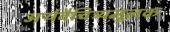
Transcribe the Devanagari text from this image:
अर्थवैचित्र्यमूलक